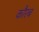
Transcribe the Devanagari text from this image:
कौरब